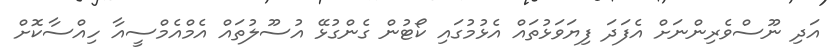
އަދި ނޫސްވެރިންނަށް އެފަދަ ފިޔަވަޅުތައް އެޅުމުގައި ކޯޓުން ގެންގުޅޭ އުސޫލުތައް އެމްއެމްސީއާ ހިއްސާކޮށް